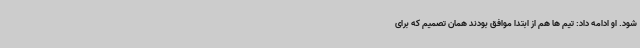
شود. او ادامه داد: تیم ها هم از ابتدا موافق بودند همان تصمیم که برای